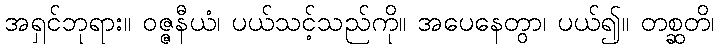
အရှင်ဘုရား။ ဝဇ္ဇနီယံ၊ ပယ်သင့်သည်ကို။ အပေနေတွာ၊ ပယ်၍။ တစ္ဆတိ၊